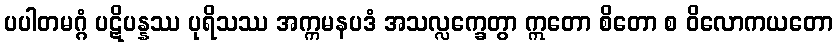
ပပါတမဂ္ဂံ ပဋိပန္နဿ ပုရိသဿ အက္ကမနပဒံ အသလ္လက္ခေတွာ ဣတော စိတော စ ဝိလောကယတော